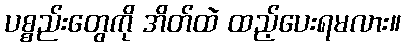
ပစ္စည်းတွေကို အိတ်ထဲ ထည့်ပေးရမလား။